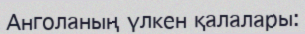
Анголаның үлкен қалалары: